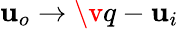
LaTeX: \mathbf{u}_{o}\rightarrow\v q-\mathbf{u}_{i}